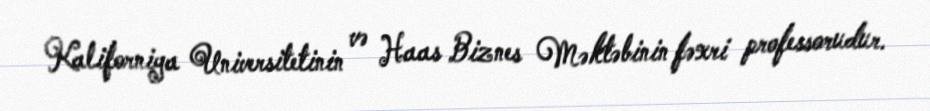
Kaliforniya Universitetinin və Haas Biznes Məktəbinin fəxri professorudur.